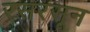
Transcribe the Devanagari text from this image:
रसरसून